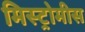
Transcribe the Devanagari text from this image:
मिस्ट्रोमीस